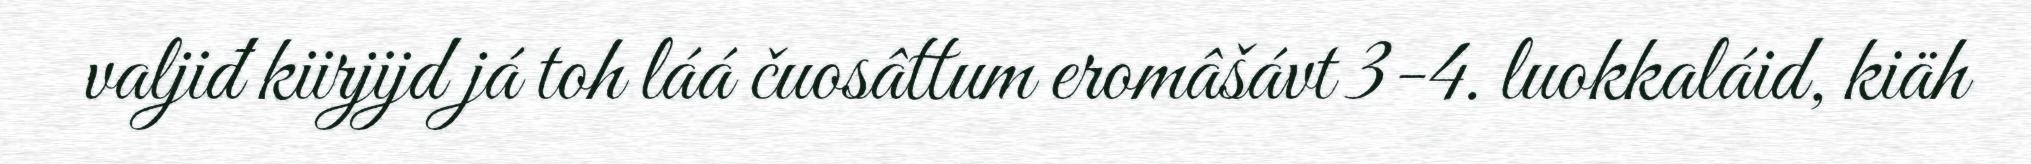
valjiđ kiirjijd já toh láá čuosâttum eromâšávt 3-4. luokkaláid, kiäh